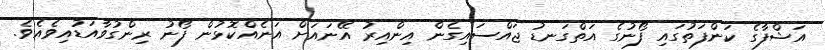
އަޝްފާގެ ކަންފަތުގައި ފޯނުގެ އަތްގަނޑު ޖައްސައިގެން އިންއިރު އޭނައަށް އަނެއްކޮޅުން ފޯނު ރިންގުވާއަޑުއިވެއެވެ.